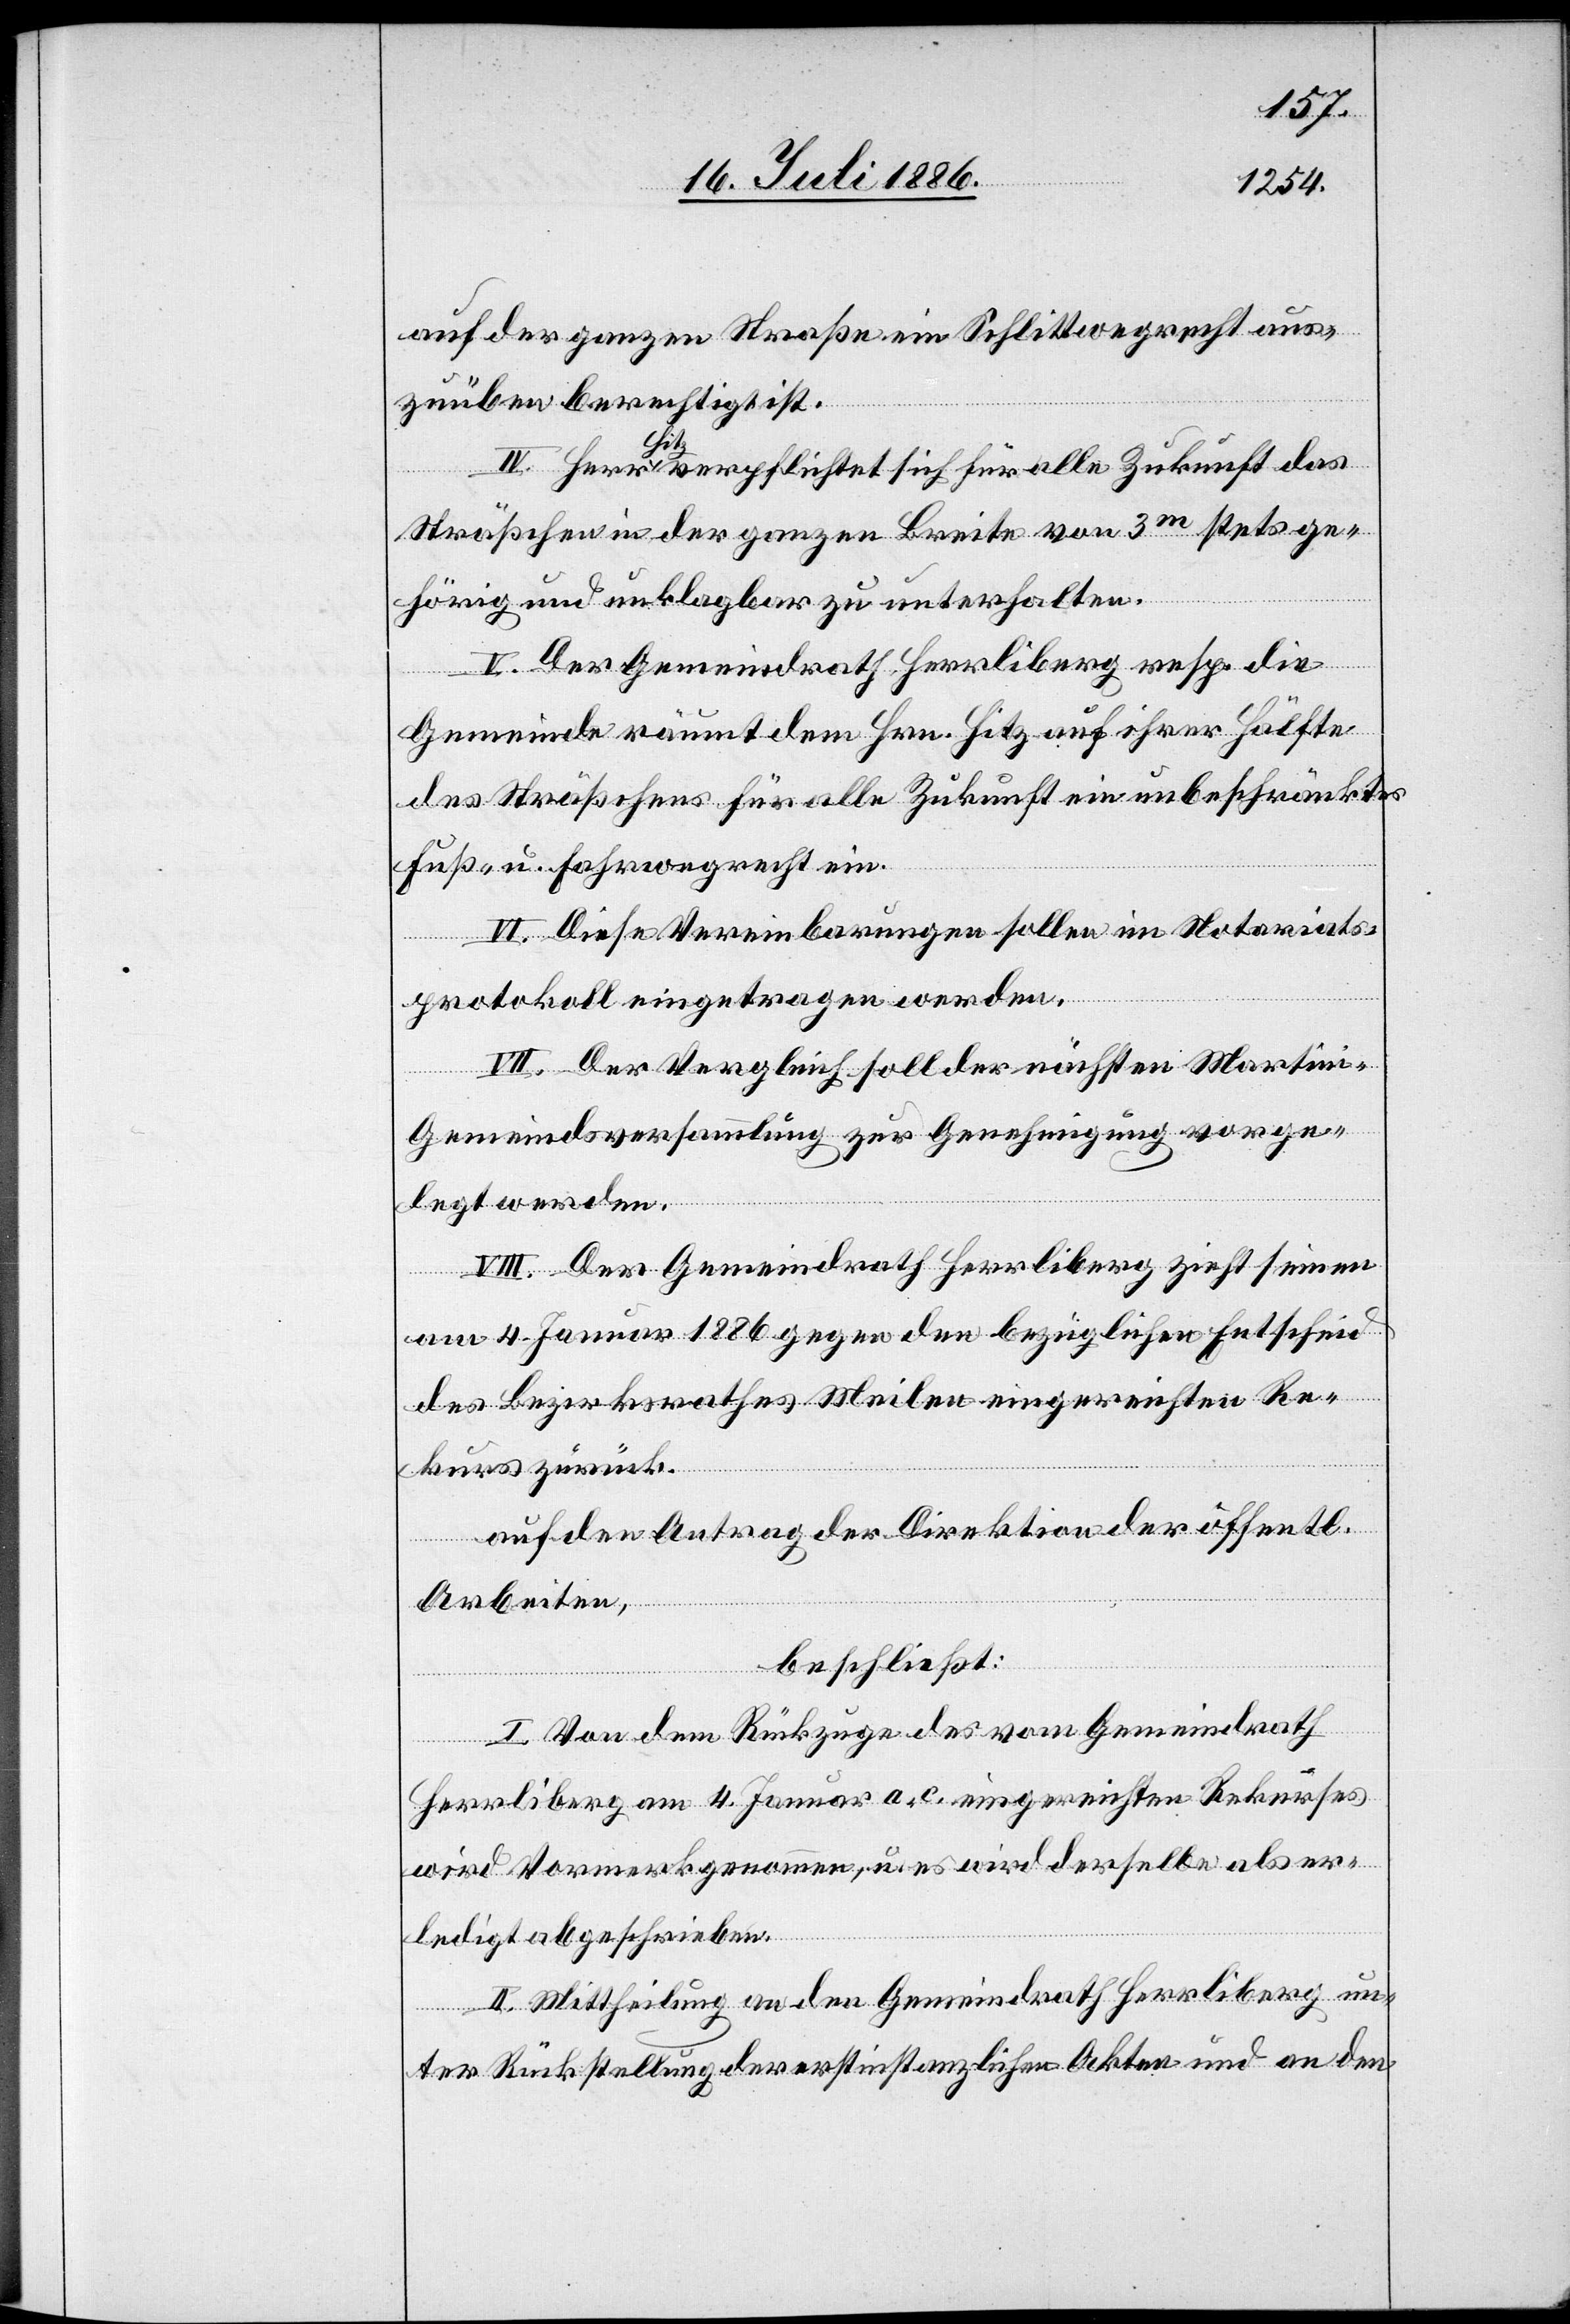
auf der ganzen Straße ein Schlittwegrecht aus¬
zuüben berechtig ist.
IV. Herr Hitz verpflichtet sich für alle Zukunft das
Sträßchen in der ganzen Breite von 3m stets ge¬
hörig und unklagbar zu unterhalten.
V. Der Gemeindrath Herrliberg resp. die
Gemeinde räumt dem Hrn. Hitz auf ihrer Hälfte
des Sträßchens für alle Zukunft ein unbeschränktes
Fuß- u. Fahrwegrecht ein.
VI. Diese Vereinbarungen sollen im Notariats¬
protokoll eingetragen werden.
VII. Der Vergleich soll der nächsten Martin¬
i-Gemeindsversammlung zur Genehmigung vorge¬
legt werden.
VIII. Der Gemeindrath Herrliberg zieht seinen
am 4. Januar 1886 gegen den bezüglichen Entscheid
des Bezirksrathes Meilen eingereichten Re¬
kurs zurück
auf den Antrag der Direktion der öffentl.
Arbeiten,
beschließt:
I. Von dem Rückzuge des vom Gemeindrath
Herrliberg am 4. Januar a. c. eingereichten Rekurses
wird Vormerk genommen, u. es wird derselbe als er¬
ledigt abgeschrieben.
II. Mittheilung an den Gemeindrath Herrliberg un¬
ter Rückstellung der erstinstanzlichen Akten und an den